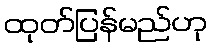
ထုတ်ပြန်မည်ဟု